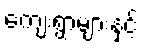
ကျေးရွာများနှင့်